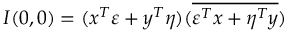
I ( 0 , 0 ) = ( x ^ { T } \varepsilon + y ^ { T } \eta ) ( \overline { { \varepsilon ^ { T } x + \eta ^ { T } y } } )